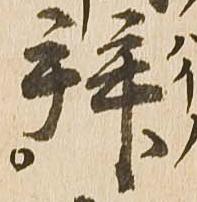
拝